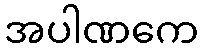
အပါဏကေ